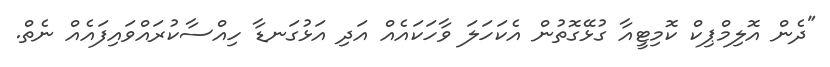
"ދެން އޮލިމްޕިކް ކޮމިޓީއާ ގުޅޭގޮތުން އެކަހަލަ ވާހަކައެއް އަދި އަޅުގަނޑާ ހިއްސާކުރައްވައިފައެއް ނެތް.